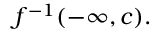
f ^ { - 1 } ( - \infty , c ) .